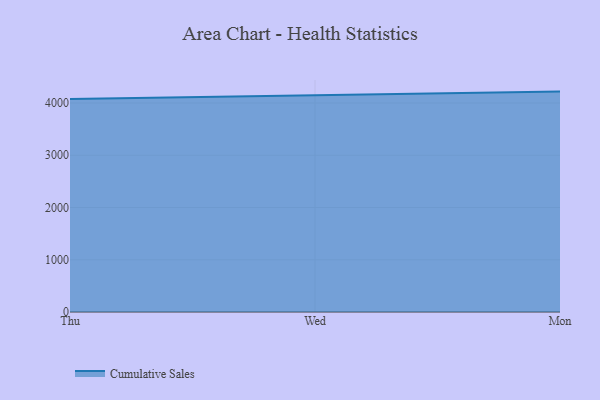
{"axis": {"x": "Day", "y": "Net Income (USD K)"}, "legend": ["Cumulative Sales"], "data": [{"x": "Thu", "y": 4076.8, "type": "Cumulative Sales"}, {"x": "Wed", "y": 4145.4, "type": "Cumulative Sales"}, {"x": "Mon", "y": 4217.8, "type": "Cumulative Sales"}]}